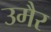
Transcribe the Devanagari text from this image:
उमैर